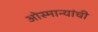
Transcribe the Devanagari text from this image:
ओस्मान्यांची